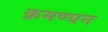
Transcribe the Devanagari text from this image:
क्रमण्यन